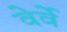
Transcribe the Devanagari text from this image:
वेर्वे